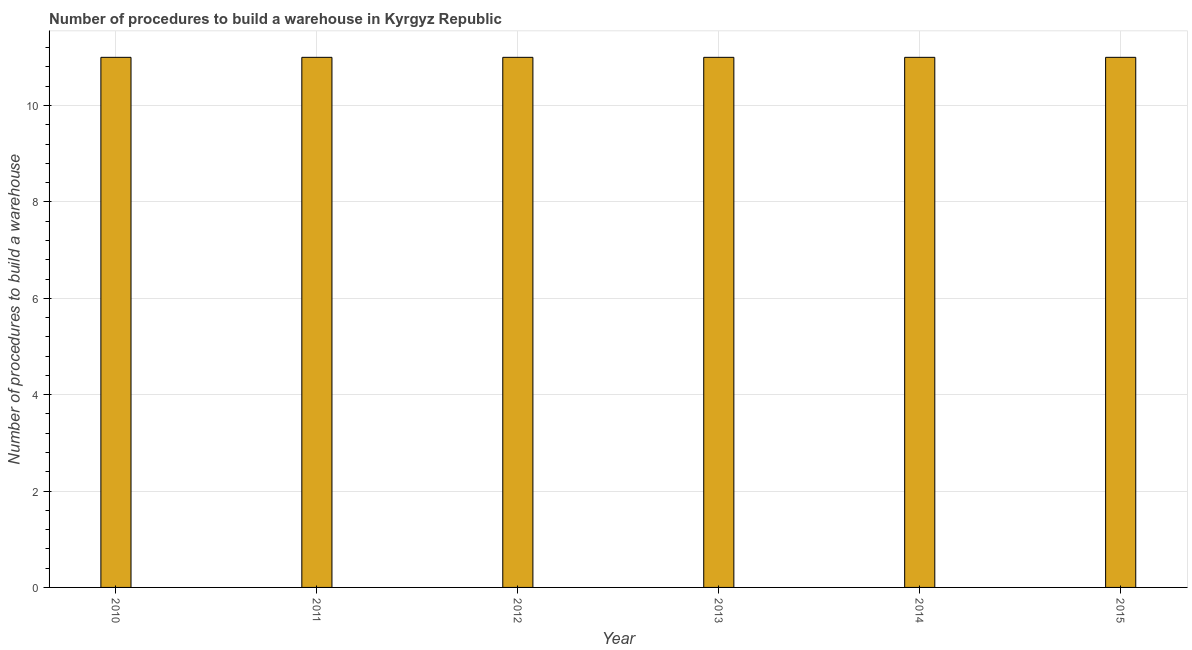
| Year | Build a warehouse |
 | --- | --- |
 | 2010 | 11 |
 | 2011 | 11 |
 | 2012 | 11 |
 | 2013 | 11 |
 | 2014 | 11 |
 | 2015 | 11 |